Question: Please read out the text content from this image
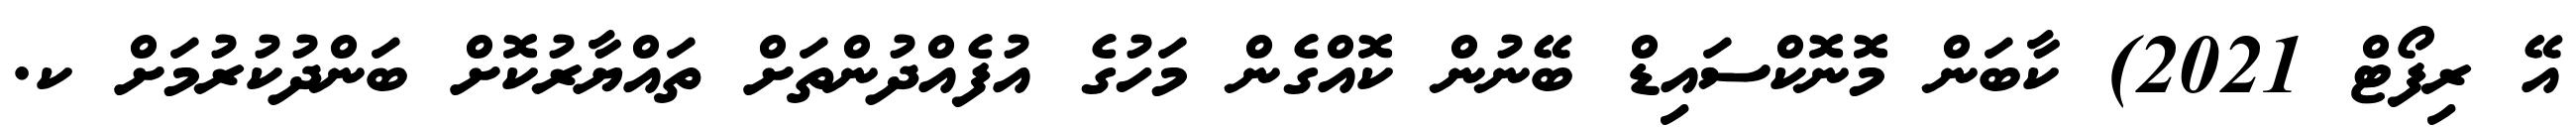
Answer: އޭ ރިފޯޓް 2021) ކާބަން މޮނޮކްސައިޑް ބޭނުން ކޮއްގެން މަހުގެ އުފެއްދުންތަށް ތައްޔާރުކޮށް ބަންދުކުރުމަށް ކ.